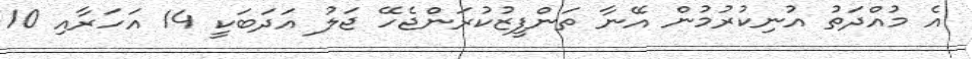
އެ މުއްދަތު އުނިކުރުމުން އޭނާ ތަންފީޒުކުރަންޖެހޭ ޖަލު އަދަބަކީ 14 އަހަރާއި 10